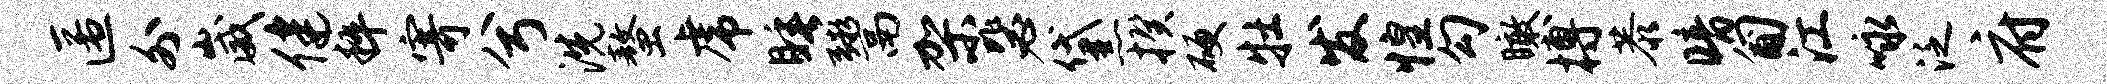
匿外崴健粹寄兮洗螯虎睡鬻架毖黛揆硬牡发惶勾瞰搏恭暗匍江咏泛府